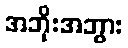
အဘိုးအဘွား